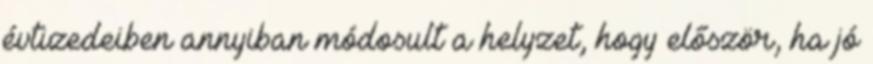
évtizedeiben annyiban módosult a helyzet, hogy először, ha jó